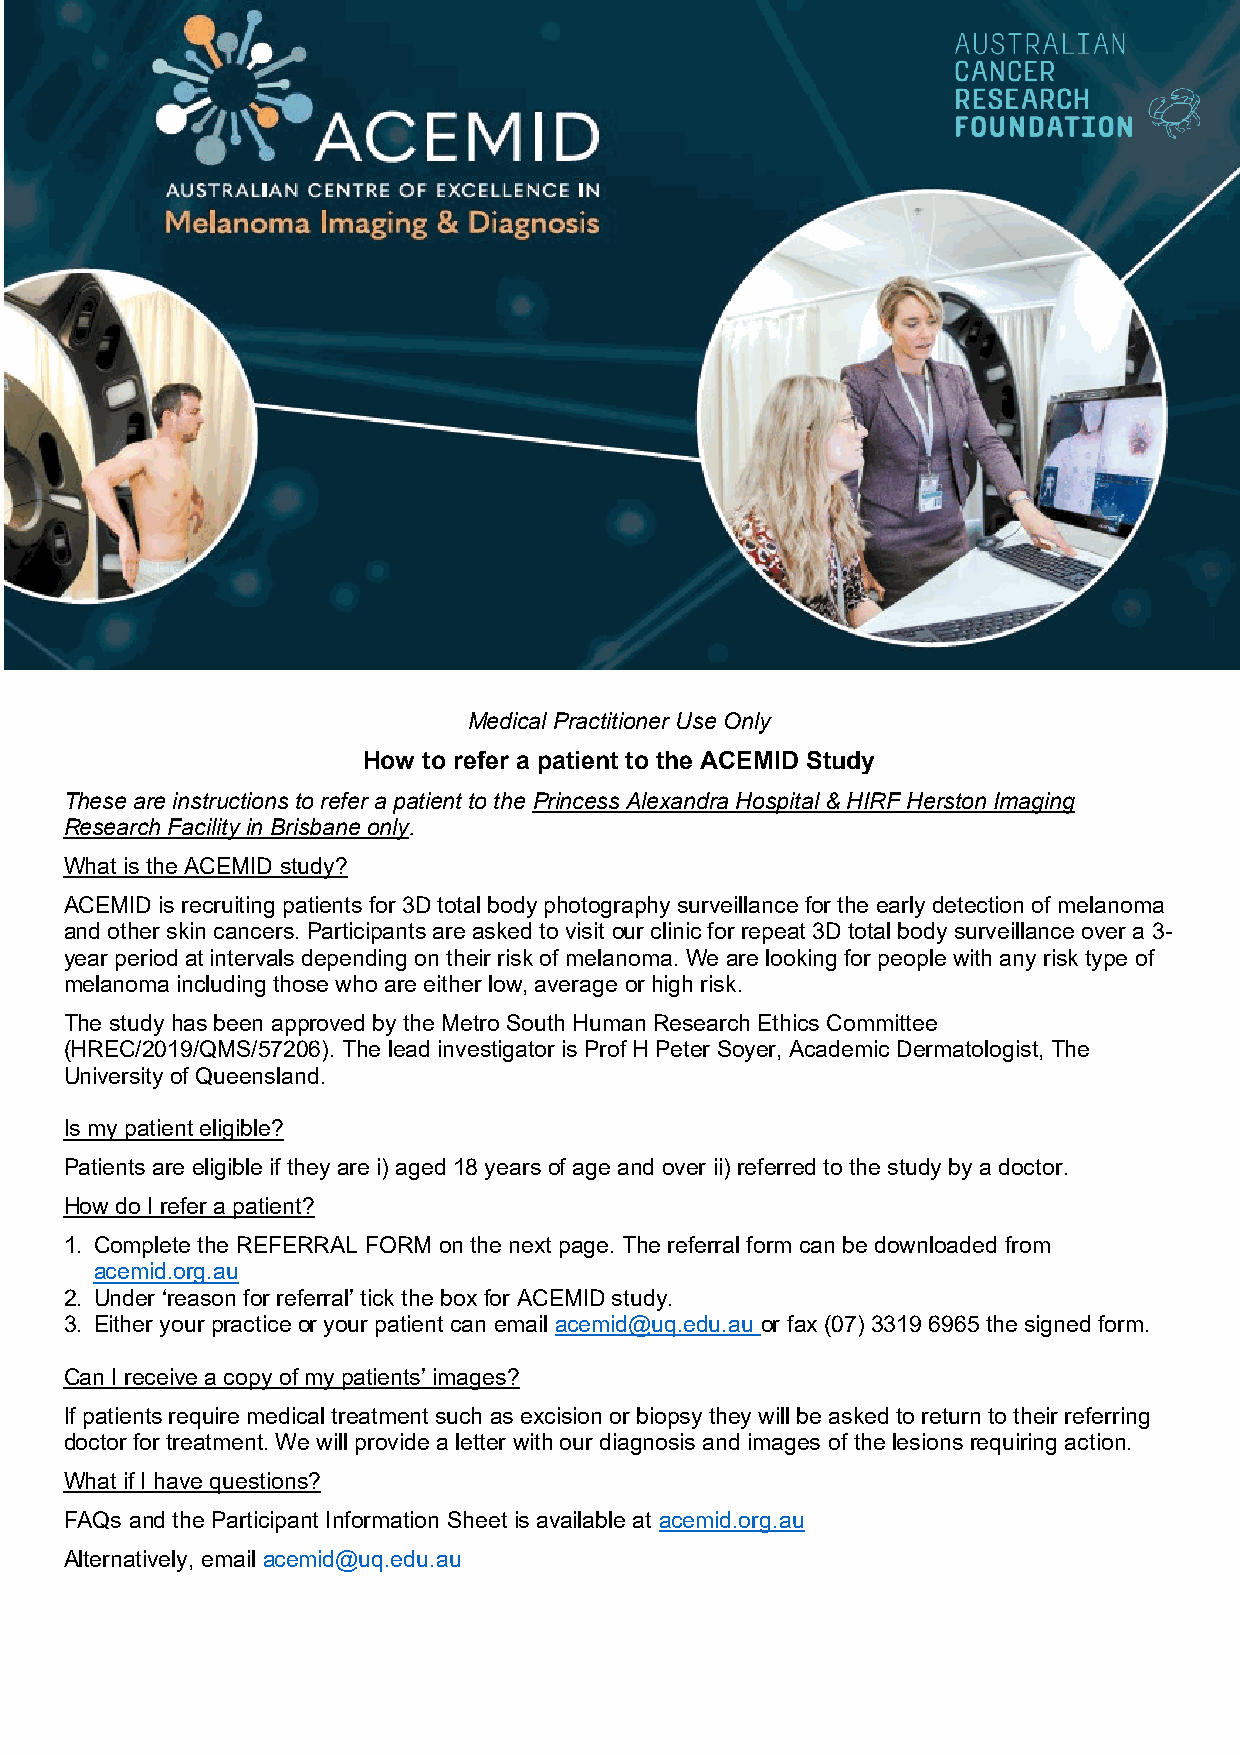
Medical Practitioner Use Only
 How to refer a patient to the ACEMID Study
 These are instructions to refer a patient to the Princess Alexandra Hospital & HIRF Herston Imaging
 Research Facility in Brisbane only.
 What is the ACEMID study?
 ACEMID is recruiting patients for 3D total body photography surveillance for the early detection of melanoma
 and other skin cancers. Participants are asked to visit our clinic for repeat 3D total body surveillance over a 3-
 year period at intervals depending on their risk of melanoma. We are looking for people with any risk type of
 melanoma including those who are either low, average or high risk.
 The study has been approved by the Metro South Human Research Ethics Committee
 (HREC/2019/QMS/57206). The lead investigator is Prof H Peter Soyer, Academic Dermatologist, The
 University of Queensland.
 Is my patient eligible?
 Patients are eligible if they are i) aged 18 years of age and over ii) referred to the study by a doctor.
 How do I refer a patient?
 1. Complete the REFERRAL FORM on the next page. The referral form can be downloaded from
 acemid.org.au
 2. Under ‘reason for referral’ tick the box for ACEMID study.
 3. Either your practice or your patient can email acemid @uq.edu.au or fax (07) 3319 6965 the signed form.
 Can I receive a copy of my patients’ images?
 If patients require medical treatment such as excision or biopsy they will be asked to return to their referring
 doctor for treatment. We will provide a letter with our diagnosis and images of the lesions requiring action.
 What if I have questions?
 FAQs and the Participant Information Sheet is available at acemid.org.au
 Alternatively, email acemid@uq.edu.au